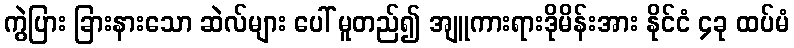
ကွဲပြား ခြားနားသော ဆဲလ်များ ပေါ် မူတည်၍ အျူကားရားဒိုမိန်းအား နိုင်ငံ ၄ခု ထပ်မံ